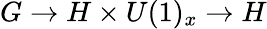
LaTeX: G\rightarrow H\times U(1)_{x}\rightarrow H